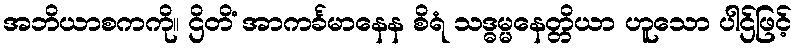
အဘိယာစကကို။ ဌိတိံ အာကင်္ခမာနေန စိရံ သဒ္ဓမ္မနေတ္တိယာ ဟူသော ပါဌ်ဖြင့်